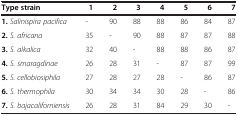
<table><thead><tr><td><b>Type strain</b></td><td><b>1</b></td><td><b>2</b></td><td><b>3</b></td><td><b>4</b></td><td><b>5</b></td><td><b>6</b></td><td><b>7</b></td></tr></thead><tbody><tr><td><b>1.</b><i>Salinispira pacifica</i></td><td>-</td><td>90</td><td>88</td><td>88</td><td>86</td><td>84</td><td>87</td></tr><tr><td><b>2.</b><i>S. africana</i></td><td>35</td><td>-</td><td>90</td><td>88</td><td>87</td><td>87</td><td>88</td></tr><tr><td><b>3.</b><i>S. alkalica</i></td><td>32</td><td>40</td><td>-</td><td>88</td><td>88</td><td>86</td><td>87</td></tr><tr><td><b>4.</b><i>S. smaragdinae</i></td><td>26</td><td>28</td><td>31</td><td>-</td><td>87</td><td>87</td><td>99</td></tr><tr><td><b>5.</b><i>S. cellobiosiphila</i></td><td>27</td><td>28</td><td>27</td><td>28</td><td>-</td><td>86</td><td>87</td></tr><tr><td><b>6.</b><i>S. thermophila</i></td><td>30</td><td>34</td><td>34</td><td>30</td><td>28</td><td>-</td><td>86</td></tr><tr><td><b>7.</b><i>S. bajacaliforniensis</i></td><td>26</td><td>28</td><td>31</td><td>84</td><td>29</td><td>30</td><td>-</td></tr></tbody></table>